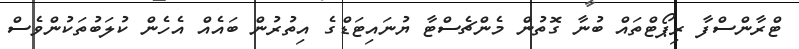
ޓްރާންސްފާ ރިޕޯޓްތައް ބުނާ ގޮތުން މެންޗެސްޓާ ޔުނައިޓަޑްގެ އިތުރުން ބައެއް އެހެން ކުލަބުތަކުންވެސް